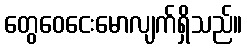
တွေဝေငေးမောလျက်ရှိသည်။